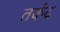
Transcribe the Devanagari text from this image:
तर्कद